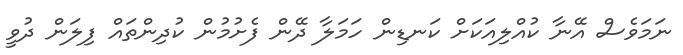
ނަމަވެސް އޭނާ ކުއްލިއަކަށް ކަނޑިން ހަމަލާ ދޭން ފެށުމުން ކުދިންތައް ފިލަން ދުވީ